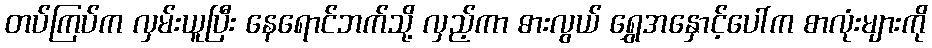
တပ်ကြပ်က လှမ်းယူပြီး နေရောင်ဘက်သို့ လှည့်ကာ ဓားလွယ် ရွှေအနှောင့်ပေါ်က စာလုံးများကို